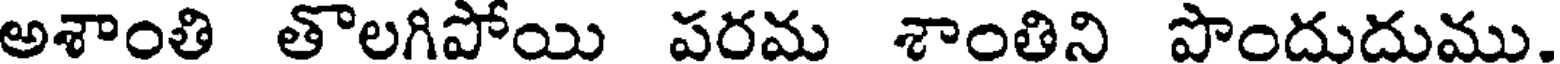
అశాంతి తొలగిపోయి పరమ శాంతిని పొందుదుము.